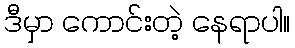
ဒီမှာ ကောင်းတဲ့ နေရာပါ။